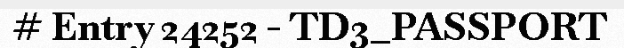
# Entry 24252 - TD3_PASSPORT